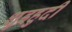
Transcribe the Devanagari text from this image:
शुइहुदी